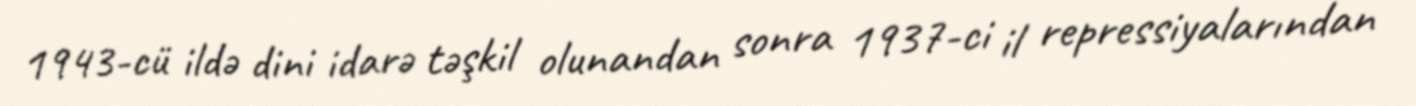
1943-cü ildə dini idarə təşkil olunandan sonra 1937-ci il repressiyalarından